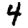
Digit: 4